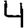
Digit: 4